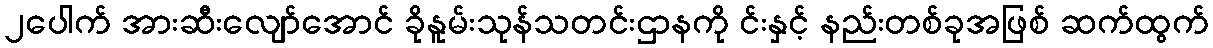
၂ပေါက် အားဆီးလျော်အောင် ခိုနူမ်းသုန်သတင်းဌာနကို င်းနှင့် နည်းတစ်ခုအဖြစ် ဆက်ထွက်